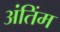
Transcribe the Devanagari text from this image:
अंतिंम